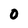
Character: O